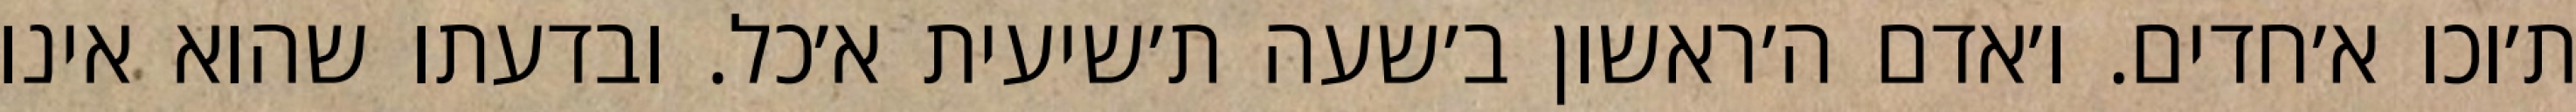
ת׳וכו א׳חדים. ו׳אדם ה׳ראשון ב׳שעה ת׳שיעית א׳כל. ובדעתו שהוא אינו